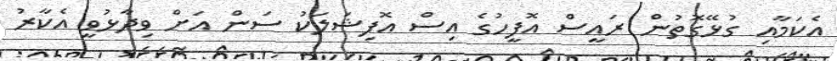
އެކަމާއި ގުޅޭގޮތުން ރައީސް އޮފީހުގެ އިސް އޮފިޝަލަކު ސަން އަށް ވިދާޅުވީ އެކާރު